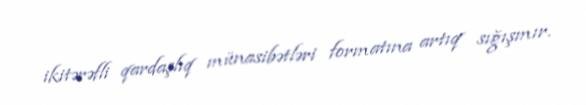
ikitərəfli qardaşlıq münasibətləri formatına artıq sığışmır.